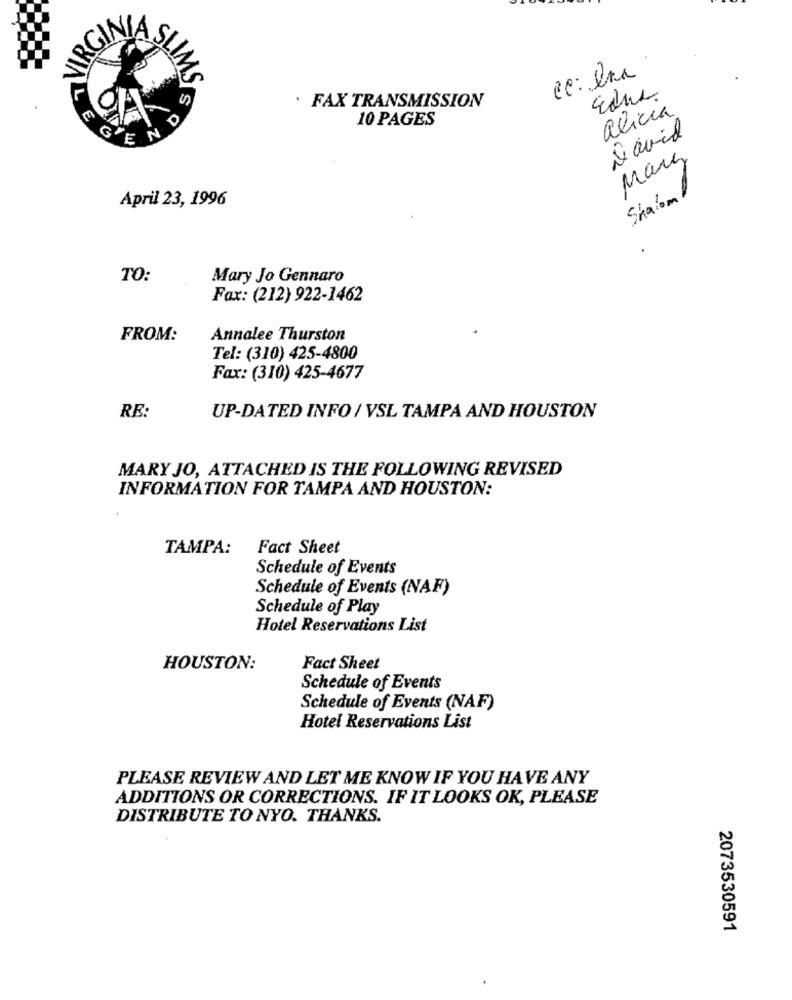
IRGIN
IM
cc: Ina
VDS
Educ.
· FAX TRANSMISSION
alicia
10 PAGES
David
SEND
Mary
April 23, 1996
Shalom
TO:
Mary Jo Gennaro
Fax: (212) 922-1462
FROM:
Annalee Thurston
Tel: (310) 425-4800
Fax: (310) 425-4677
RE:
UP-DATED INFO / VSL TAMPA AND HOUSTON
MARY JO, ATTACHED IS THE FOLLOWING REVISED
INFORMATION FOR TAMPA AND HOUSTON:
TAMPA:
Fact Sheet
Schedule of Events
Schedule of Events (NAF)
Schedule of Play
Hotel Reservations List
HOUSTON:
Fact Sheet
Schedule of Events
Schedule of Events (NAF)
Hotel Reservations List
PLEASE REVIEW AND LET ME KNOW IF YOU HAVE ANY
ADDITIONS OR CORRECTIONS. IF IT LOOKS OK, PLEASE
DISTRIBUTE TO NYO. THANKS.
2073530591